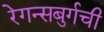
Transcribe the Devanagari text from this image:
रेगन्सबुर्गची